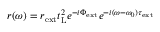
\begin{array} { r } { r ( \omega ) = r _ { \mathrm { e x t } } t _ { \mathrm { L } } ^ { 2 } e ^ { - i \Phi _ { \mathrm { e x t } } } e ^ { - i ( \omega - \omega _ { 0 } ) \tau _ { \mathrm { e x t } } } } \end{array}